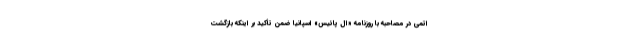
اتمی در مصاحبه با روزنامه «ال پائیس» اسپانیا ضمن تأکید بر اینکه بازگشت